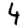
Digit: 4